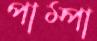
পাম্পা